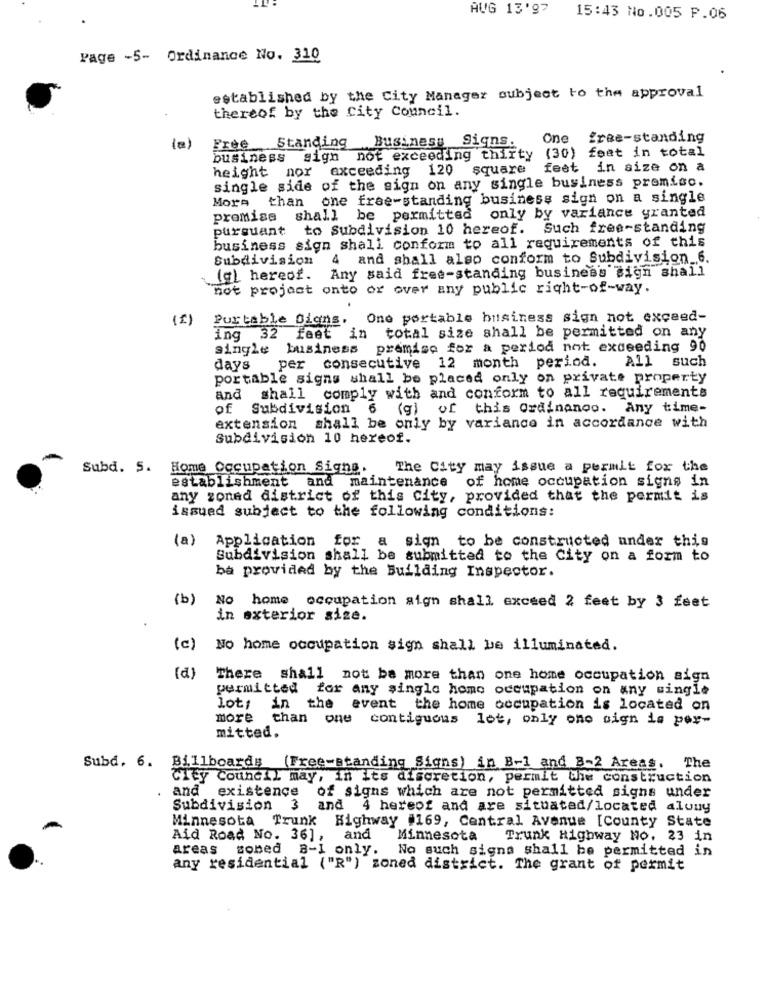
AUG 13'97
15:43 No.005 P.06
Page -5- Ordinance No. 310
established by the City Manager subject to the approval
thereof by the City Council.
Free Standing
Businesy Signs.
One free-standing
(a)
business sign not exceeding thirty (30) feet in total
height nor exceeding 120 square
feet in size on a
single side of the sign on any single business premiso.
More than one free-standing business sign on a single
promise shall be permitted only by variance granted
pursuant
to Subdivision 10 hereof. Such free-standing
business sign shall conform to all requirements of this
Subdivision
4 and shall also conform to Subdivision_6.
(g) hereof.
Any said free-standing business sign shall
not project onto or over any public right-of-way.
(1)
Portable Digns. One portable business sign not exceed-
ing 32 feet in total size shall be permitted on any
single business premise for a period not exceeding 90
per consecutive 12 month period. All such
days
portable signs shall be placed only on private property
and shall comply with and conform to all requirements
of
Subdivision 6 (g) of this Ordinanoo. Any time-
extension shall be only by variance in accordance with
Subdivision 10 hereof.
Subd. 5. Home Occupation Signs.
The City may issue a permit for the
establishment and maintenance of home occupation signs in
any zoned district of this city, provided that the permit is
issued subject to the following conditions:
(a)
Application for a sign to be constructed under this
Subdivision shall be submitted to the City on a form to
ba provided by the Building Inspector.
(b)
No home occupation aign shall exceed 2 feet by 3 feet
in exterior size.
(c)
No home occupation sign shall be illuminated.
(d)
There shall not be more than one home occupation sign
permitted for any single home occupation on any single
lot; in the event the home occupation is located on
more than one contiguous lot, only one sign is per-
mitted.
Subd. 6. Billboards (Free-standing Signs) in B-1 and B-2 Areas.
The
Cley Council may, in its discretion, permit the construction
and existence
of signs which are not permitted signs under
Subdivision
3
and 4 hereof and are situated/located aluuy
Minnesota Trunk Highway #169, Central Avenue [County State
Aid Road No. 36],
and
Minnesota
Trunk Highway No. 23 in
areas
somed 8-1 only.
No such signa shall be permitted in
any residential ("R") zoned district. The grant of permit